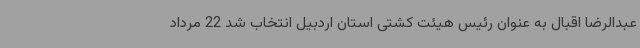
عبدالرضا اقبال به عنوان رئیس هیئت کشتی استان اردبیل انتخاب شد 22 مرداد